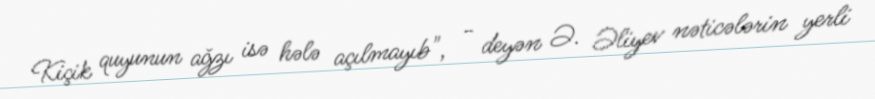
Kiçik quyunun ağzı isə hələ açılmayıb", - deyən Ə. Əliyev nəticələrin yerli